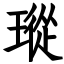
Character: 瑽